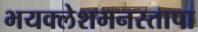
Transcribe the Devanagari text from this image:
भयक्लेशमनस्तापा